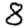
Digit: 8